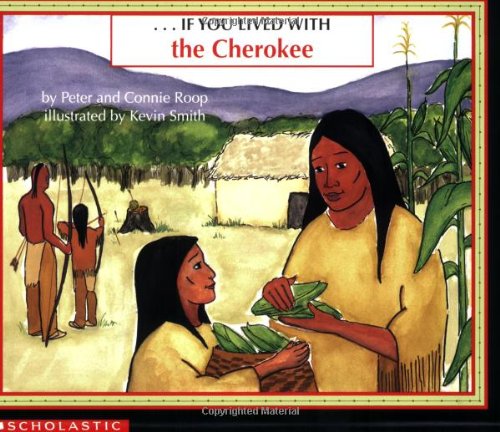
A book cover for If You Lived With The Cherokees; Peter Roop; Children's Books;